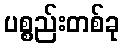
ပစ္စည်းတစ်ခု